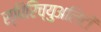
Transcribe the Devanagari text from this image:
स्पिरिच्युअलिटी